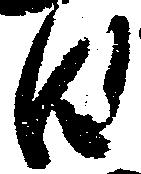
日